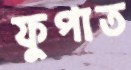
ফুপাত